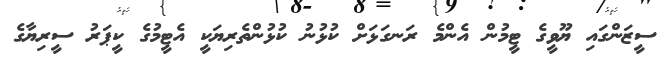
ސީޒަންގައި ޔޫވީގެ ޓީމުން އެންމެ ރަނގަޅަށް ކުޅުނު ކުޅުންތެރިޔަކީ އެޓީމުގެ ކީޕަރު ސީރިޔާގެ